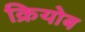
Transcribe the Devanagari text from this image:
क्रियोब